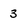
Character: 3